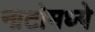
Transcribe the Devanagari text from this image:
नाटोमध्ये